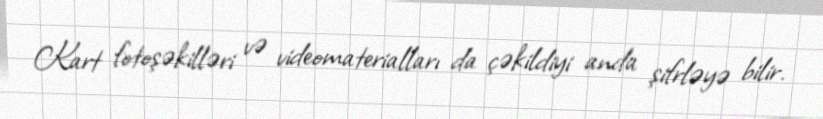
Kart fotoşəkilləri və videomaterialları da çəkildiyi anda şifrləyə bilir.